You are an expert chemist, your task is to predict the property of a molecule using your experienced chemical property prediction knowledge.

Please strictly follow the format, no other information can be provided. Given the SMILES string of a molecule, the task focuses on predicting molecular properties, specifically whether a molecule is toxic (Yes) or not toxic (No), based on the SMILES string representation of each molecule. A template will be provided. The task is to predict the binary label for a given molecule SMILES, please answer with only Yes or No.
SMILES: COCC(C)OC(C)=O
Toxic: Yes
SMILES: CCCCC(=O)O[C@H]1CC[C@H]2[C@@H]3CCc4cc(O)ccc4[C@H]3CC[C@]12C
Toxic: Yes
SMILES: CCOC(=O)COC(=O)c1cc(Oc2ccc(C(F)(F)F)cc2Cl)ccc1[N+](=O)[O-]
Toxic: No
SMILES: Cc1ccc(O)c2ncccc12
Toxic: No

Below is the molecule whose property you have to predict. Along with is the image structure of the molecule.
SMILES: Cc1c(N)nc(C(CC(N)=O)NCC(N)C(N)=O)nc1C(=O)NC(C(=O)NC(C)C(O)C(C)C(=O)NC(C(=O)NCCc1nc(-c2nc(C(=O)NCCCN[C@@H](C)c3ccccc3)cs2)cs1)C(C)O)C(O[C@@H]1O[C@@H](CO)[C@@H](O)[C@H](O)[C@@H]1O[C@H]1O[C@H](CO)[C@@H](O)[C@H](OC(N)=O)[C@@H]1O)c1c[nH]cn1
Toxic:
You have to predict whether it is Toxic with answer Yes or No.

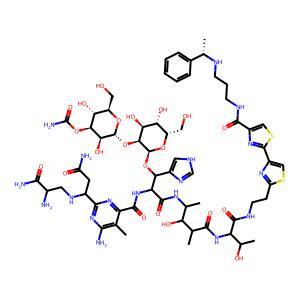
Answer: No